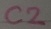
Text: C2